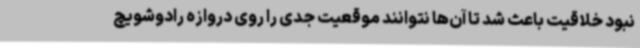
نبود خلاقیت باعث شد تا آن‌ها نتوانند موقعیت جدی را روی دروازه رادوشویچ